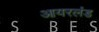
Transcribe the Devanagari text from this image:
आयरलंड